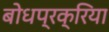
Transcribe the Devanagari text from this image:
बोधप्रक्रिया